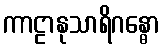
ကာဠာနုသာရိဂန္ဓော